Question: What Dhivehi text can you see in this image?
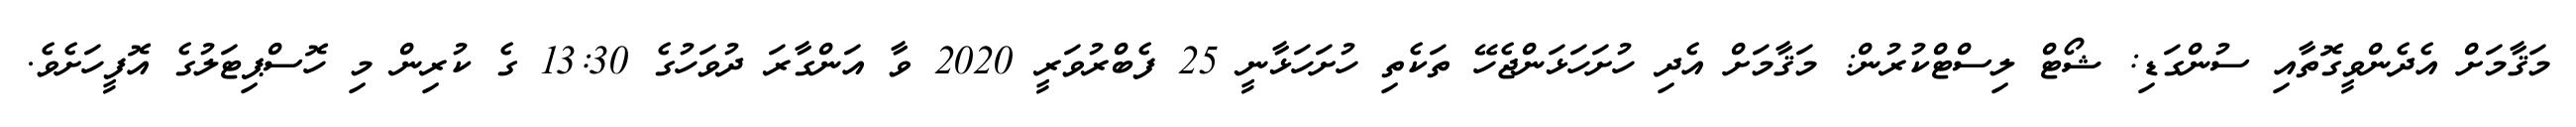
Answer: މަޤާމަށް އެދެންވީގޮތާއި ސުންގަޑި: ޝޯޓް ލިސްޓްކުރުން: މަޤާމަށް އެދި ހުށަހަޅަންޖެހޭ ތަކެތި ހުށަހަޅާނީ 25 ފެބްރުވަރީ 2020 ވާ އަންގާރަ ދުވަހުގެ 13:30 ގެ ކުރިން މި ހޮސްޕިޓަލުގެ އޮފީހަށެވެ.